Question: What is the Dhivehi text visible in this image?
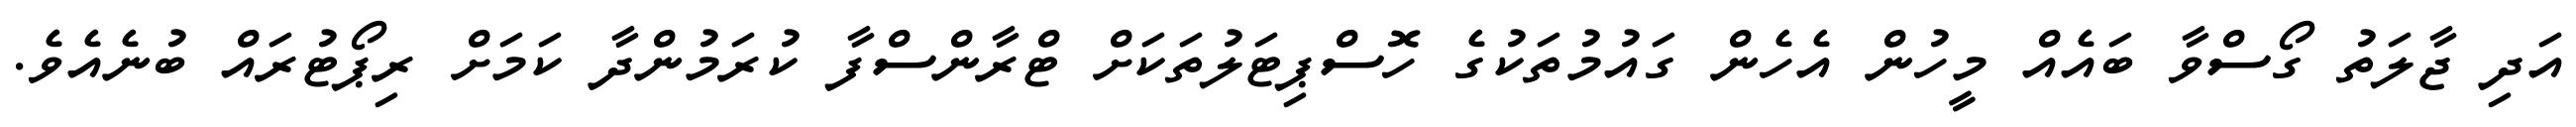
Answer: އަދި ޖާލަތު ގޯސްވާ ބައެއް މީހުން އެހެން ގައުމުތަކުގެ ހޮސްޕިޓަލުތަކަށް ޓްރާންސްފާ ކުރަމުންދާ ކަމަށް ރިޕޯޓުރައް ބުނެއެވެ.